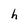
Character: h